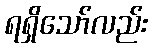
ရရှိသော်လည်း